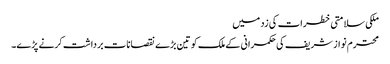
ملکی سلامتی خطرات کی زد میں
محترم نواز شریف کی حکمرانی کے ملک کو تین بڑے نقصانات برداشت کرنے پڑے۔